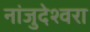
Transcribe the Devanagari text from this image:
नांजुदेश्‍वरा